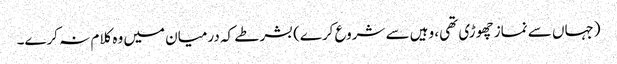
(جہاں سے نماز چھوڑی تھی، وہیں سے شروع کرے) بشرطے کہ درمیان میں وہ کلام نہ کرے۔